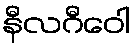
နီလဂီဝေါ